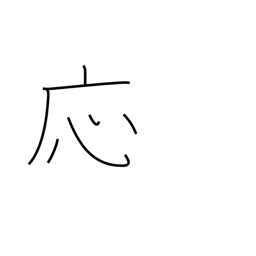
Meaning: OK